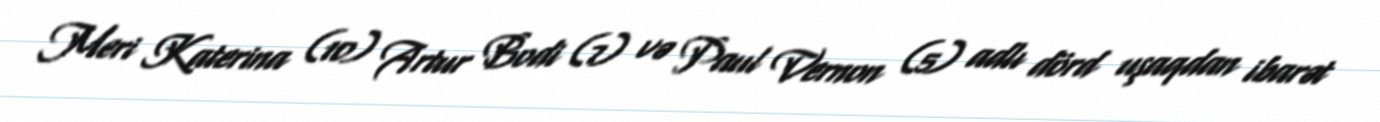
Meri Katerina (10) Artur Bodi (7) və Paul Vernon (5) adlı dörd uşaqdan ibarət